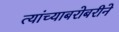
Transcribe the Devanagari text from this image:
त्यांच्याबरोबरीने